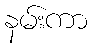
နမ်းကာ